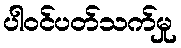
ပါဝင်ပတ်သက်မှု